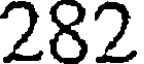
282